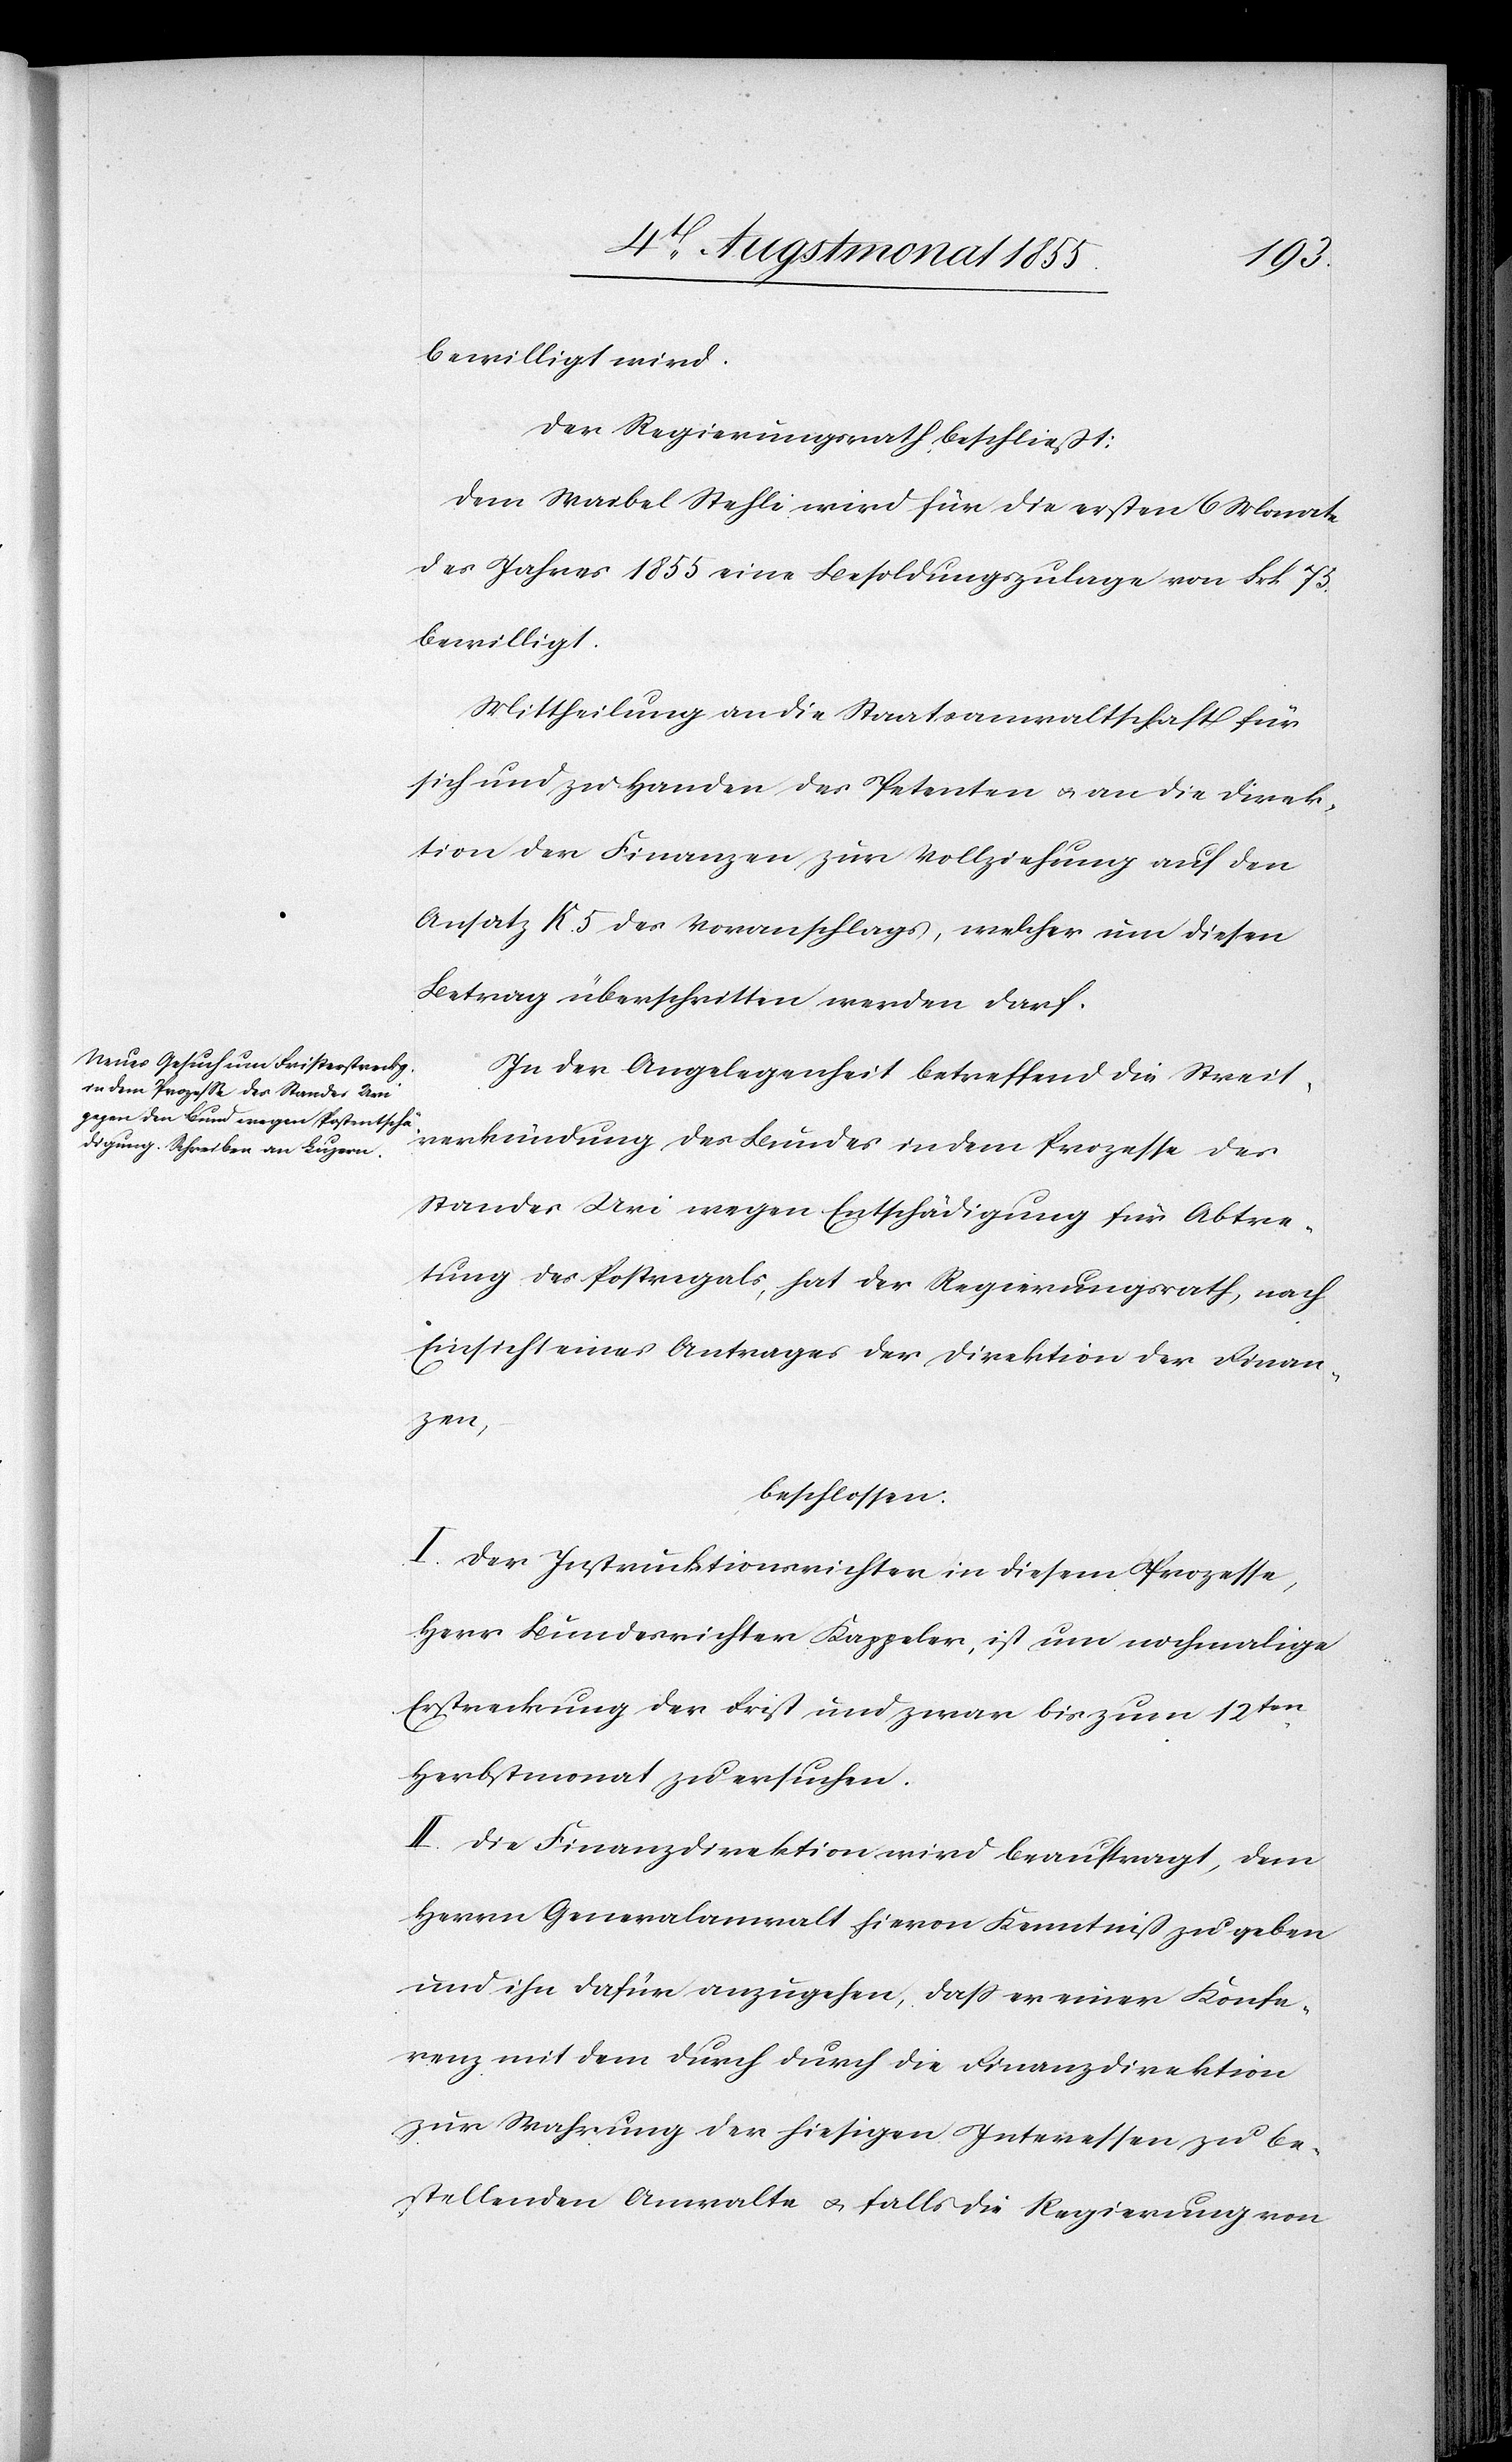
bewilligt wird.
Der Regierungsrath beschließt:
Dem Waibel Stehli wird für die ersten 6 Monate
des Jahres 1855 eine Besoldungszulage von Frk. 75.
bewilligt.
Mittheilung an die Staatsanwaltschaft für
sich und zu Handen des Petenten & an die Direk¬
tion der Finanzen zur Vollziehung auf den
Ansatz K. 5 des Voranschlags, welcher um diesen
Betrag überschritten werden darf.
In der Angelegenheit betreffend die Streit¬
verkündung des Bundes in dem Prozesse des
Standes Uri wegen Entschädigung für Abtre¬
tung des Postregals, hat der Regierungsrath, nach
Einsicht eines Antrages der Direktion der Finan¬
zen,
beschlossen:
I. Der Instruktionsrichter in diesem Prozesse,
Herr Bundesrichter Kappeler, ist um nochmalige
Erstreckung der Frist und zwar bis zum 12ten.
Herbstmonat zu ersuchen.
II. Die Finanzdirektion wird beauftragt, dem
Herrn Generalanwalt hievon Kenntniß zu geben
und ihn dafür anzugehen, dass er einer Konfe¬
renz mit dem durch durch [sic!] die Finanzdirektion
zur Wahrung der hiesigen Interessen zu be¬
stellenden Anwalte & falls die Regierung von